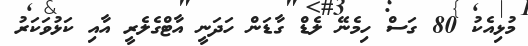
މުޅިއެކު 80 ގަސް ހިމެނޭ ލެޑް ގާޑަން ހަދަނީ އާޓްގެލެރީ އާއި ކަޅުވަކަރު